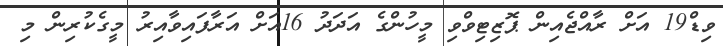
ވިޑް19 އަށް ރާއްޖެއިން ޕޮޒިޓިވްވި މީހުންގެ އަދަދު 16އަށް އަރާފައިވާއިރު މީގެކުރިން މި